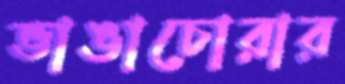
ভাঙাচোরার